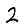
Digit: 2